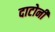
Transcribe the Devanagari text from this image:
दाटोनी